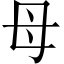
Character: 母